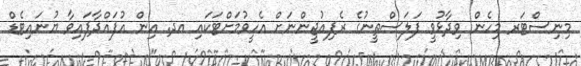
މިނިސްޓަރ މިހެން ވިދާޅުވީ ފަލަސްތީނުގެ ރެފިއުޖީންނަށް އެހީވުމަށްޓަކައި އދ. އިން އުފައްދާފައިވާ ޔުނައިޓެޑް